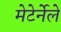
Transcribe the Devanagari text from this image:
मेटेर्नेले